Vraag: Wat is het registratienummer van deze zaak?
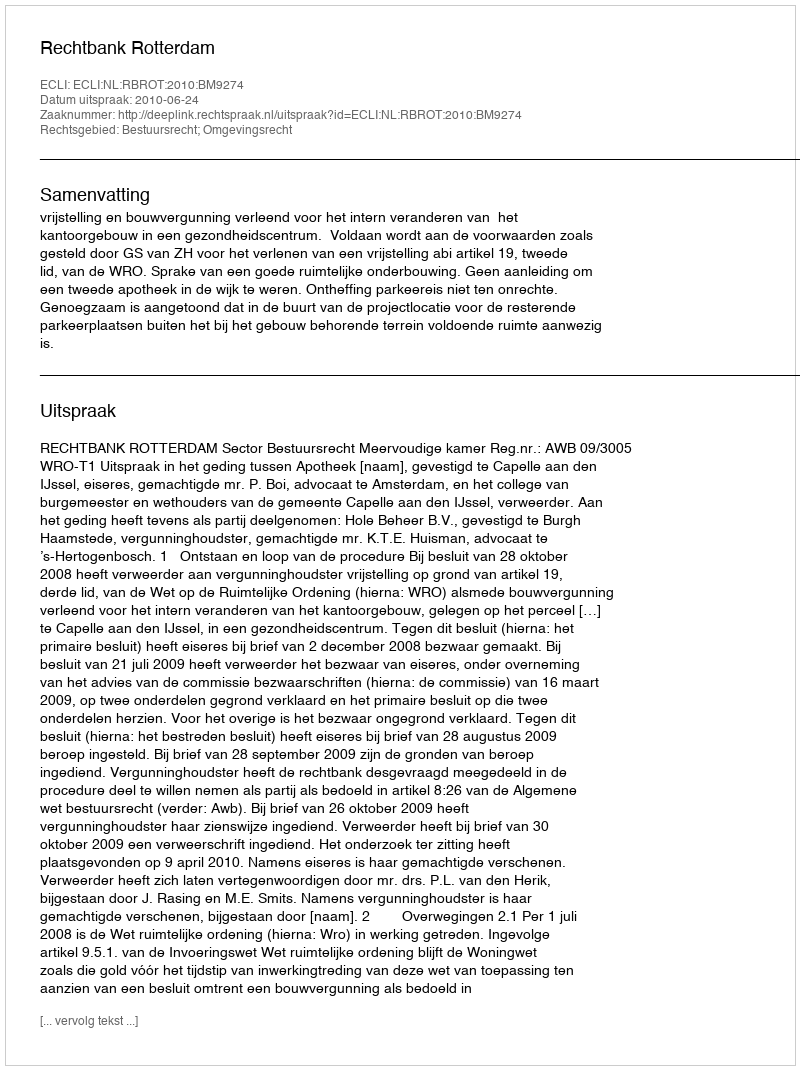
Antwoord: http://deeplink.rechtspraak.nl/uitspraak?id=ECLI:NL:RBROT:2010:BM9274